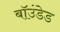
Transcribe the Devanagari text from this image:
बॉउंडेड